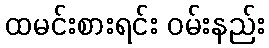
ထမင်းစားရင်း ဝမ်းနည်း